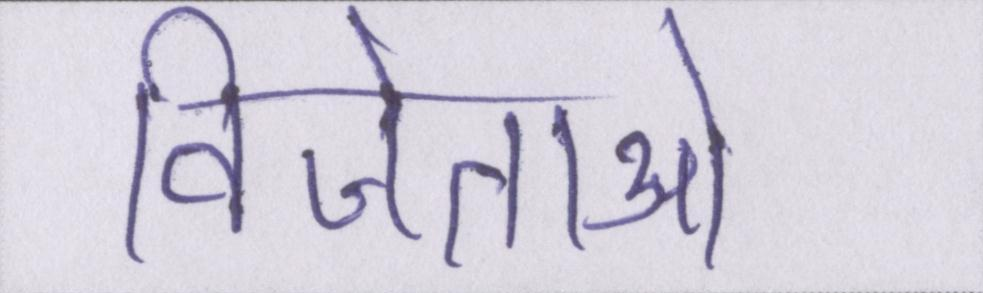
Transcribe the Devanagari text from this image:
विजेताओं